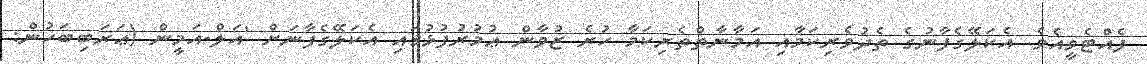
ފެއްޓެވީއެވެ. އެކަލޭގެފާނުގެ ތެދުވެރިކަމާއި އަމާނާތްތެރިކަމާ ހުރެ ޒުވާން ޢުމުރުފުޅުގައި އެކަލޭގެފާނަށް 'އަލް-އަމީން (ޢަރަބިބަހުން: